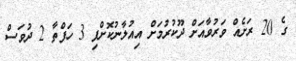
ގެ 20 ރަށެއް ވަރުވާއަށް ދޫކުރުމަށް އިއުލާނުކޮށްފި 3 ހަފްތާ 2 ދުވަސް